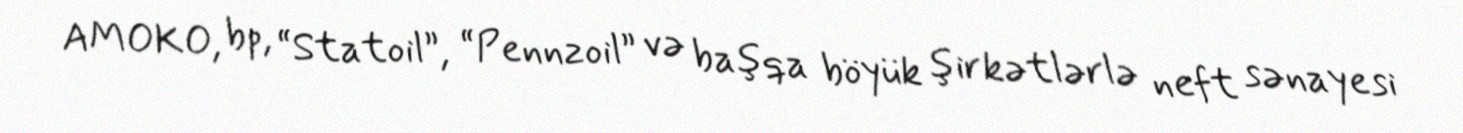
AMOKO, bp, “Statoil”, “Pennzoil” və başqa böyük şirkətlərlə neft sənayesi